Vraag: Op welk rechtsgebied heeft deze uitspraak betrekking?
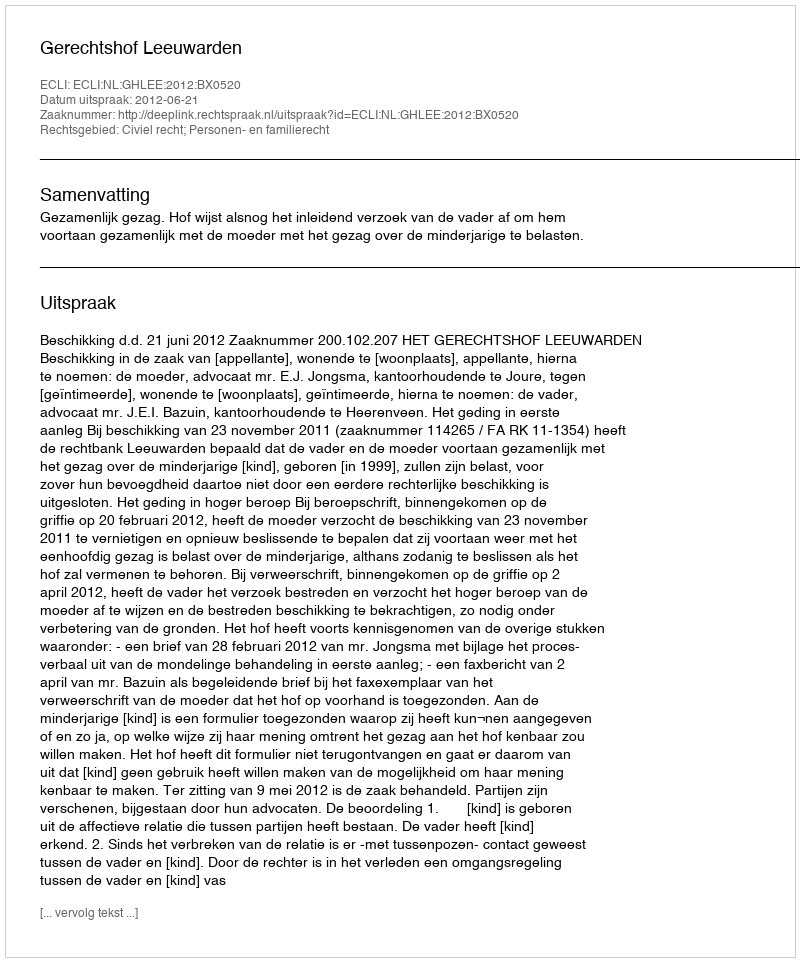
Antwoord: Civiel recht; Personen- en familierecht